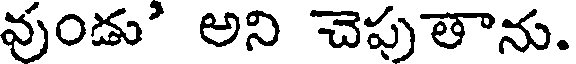
వుండు' అని చెపుతాను.